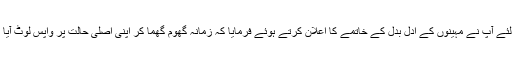
اس لئے آپ نے مہینوں کے اَدل بدل کے خاتمے کا اعلان کرتے ہوئے فرمایا کہ زمانہ گھوم گھما کر اپنی اصلی حالت پر واپس لوٹ آیا ہے۔